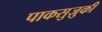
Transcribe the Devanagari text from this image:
पाकसुज़ुकी